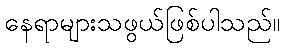
နေရာများသဖွယ်ဖြစ်ပါသည်။